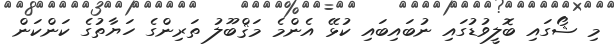
މި ޝޯގައި ބޮލީވުޑުގައި ނުބައިބައި ކުޅޭ އެންމެ މަޤްބޫލު ތަރިންގެ ހަޔާތުގެ ކަންކަން